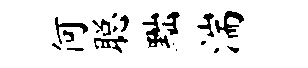
何聪黜湍